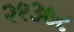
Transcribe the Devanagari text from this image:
२९३७८